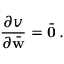
\frac { \partial v } { \partial \bar { \bf w } } = \bar { \bf 0 } \, .